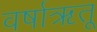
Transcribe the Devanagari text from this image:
वर्षाऋतू